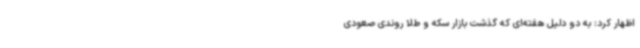
اظهار کرد: به دو دلیل هفته‌ای که گذشت بازار سکه و طلا روندی صعودی